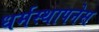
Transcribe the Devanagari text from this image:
धर्मस्थापनेस